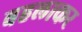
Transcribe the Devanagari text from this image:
बहलाकर